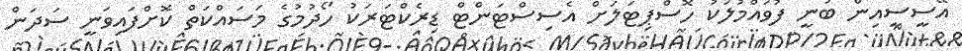
އޭސީސީއިން ބުނީ ފުވައްމުލަކު ހޮސްޕިޓަލަށް އެސިސްޓަންޓް ޑިރެކްޓަރަކު ހޯދުމުގެ މަސައްކަތް ކޮށްފައިވަނީ ސަދަން